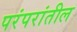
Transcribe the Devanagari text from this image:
परंपरांतील